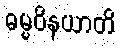
ဓမ္မဝိနယာတိ